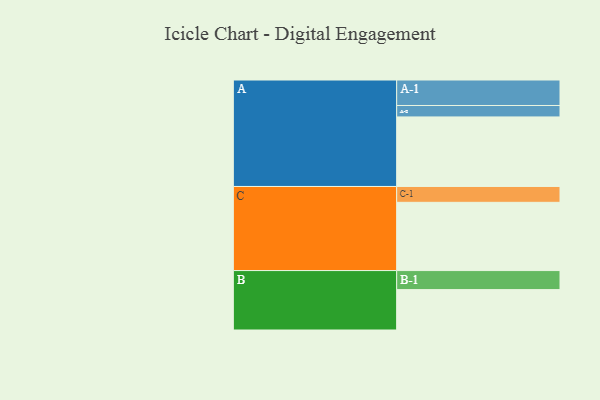
{"axis": {"x": "Segment", "y": "Value"}, "legend": ["", "A", "B", "C"], "data": [{"x": "A", "y": 584, "type": ""}, {"x": "B", "y": 339, "type": ""}, {"x": "C", "y": 573, "type": ""}, {"x": "A-1", "y": 214, "type": "A"}, {"x": "A-2", "y": 96, "type": "A"}, {"x": "B-1", "y": 160, "type": "B"}, {"x": "C-1", "y": 133, "type": "C"}]}